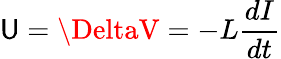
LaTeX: \mathsf{U}=\DeltaV=-L{\frac{{dI}}{{dt}}}